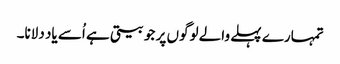
تمہارے پہلے والے لوگوں پر جو بیتی ہے اُسے یاد دلانا۔